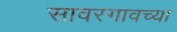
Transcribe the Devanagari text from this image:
सावरगावच्या